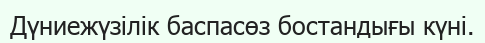
Дүниежүзілік баспасөз бостандығы күні.